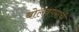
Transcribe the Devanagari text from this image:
बोलवण्याची